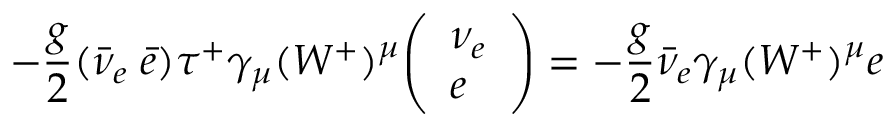
- { \frac { g } { 2 } } ( { \bar { \nu } } _ { e } \; { \bar { e } } ) \tau ^ { + } \gamma _ { \mu } ( W ^ { + } ) ^ { \mu } { \left( \begin{array} { l } { { \nu _ { e } } } \\ { e } \end{array} \right) } = - { \frac { g } { 2 } } { \bar { \nu } } _ { e } \gamma _ { \mu } ( W ^ { + } ) ^ { \mu } e